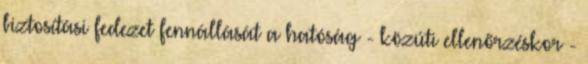
biztosítási fedezet fennállását a hatóság - közúti ellenőrzéskor -